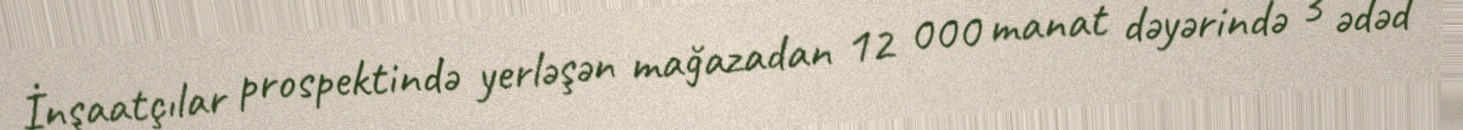
İnşaatçılar prospektində yerləşən mağazadan 12 000 manat dəyərində 3 ədəd